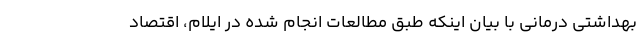
بهداشتی درمانی با بیان اینکه طبق مطالعات انجام شده در ایلام، اقتصاد